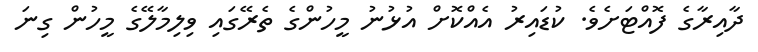
ދާއިރާގެ ފޮއްޓަށެވެ. ކުޑައިރު އެއްކޮށް އުޅުނު މީހުންގެ ތެރޭގައި ވިލިމާލޭގެ މީހުން ގިނަ